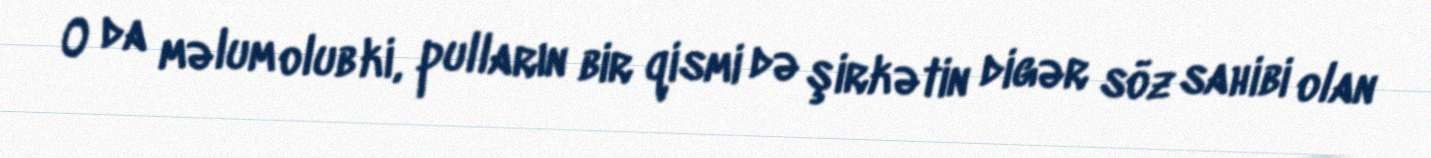
O da məlum olub ki, pulların bir qismi də şirkətin digər söz sahibi olan